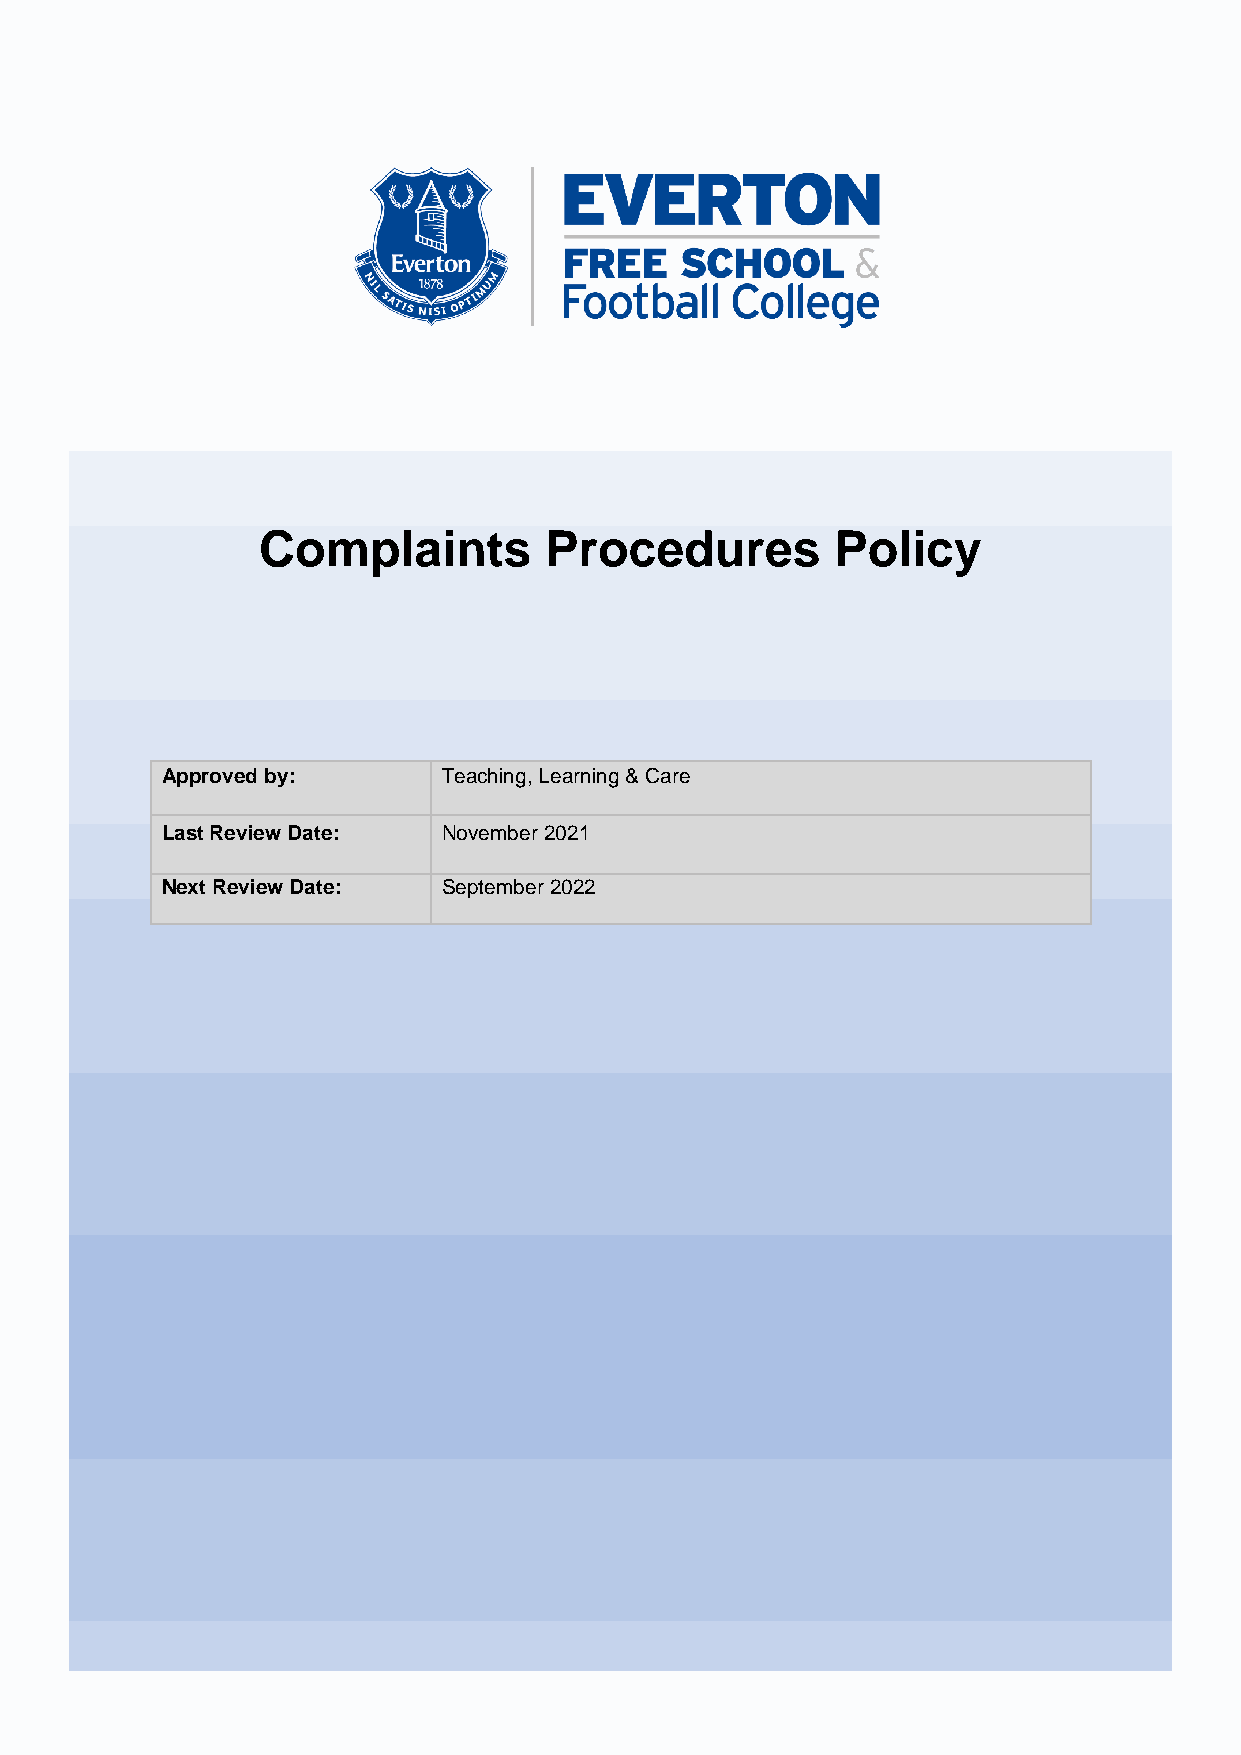
Complaints         Procedures         Policy
 Approved by:      Teaching, Learning & Care
 Last Review Date: November 2021
 Next Review Date: September 2022